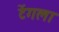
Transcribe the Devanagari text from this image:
टेंगला